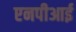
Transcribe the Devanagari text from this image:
एनपीआई